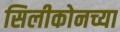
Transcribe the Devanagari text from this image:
सिलीकोनच्या